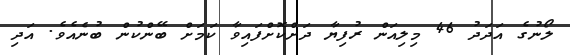
ލޯނުގެ އަދަދު 46 މިލިއަން ރުފިޔާ ދަށްކޮށްފައިވާ ކަމަށް ބޭންކުން ބުނެއެވެ. އަދި